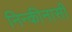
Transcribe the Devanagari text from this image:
निन्कीनासी